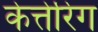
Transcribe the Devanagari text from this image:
केत्तेरिंग